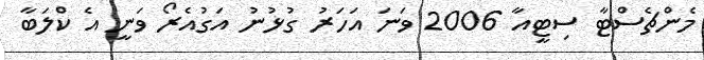
މެންޗެސްޓާ ސިޓީއާ 2006 ވަނަ އަހަރު ގުޅުނު އަގުއެރޯ ވަނީ އެ ކްލަބާ